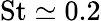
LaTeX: \mathrm{St}\simeq 0.2